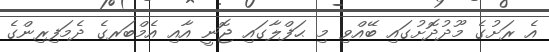
އެ ރަށުގެ މޫދުދޮށުގައި ބޭއްވި މި ޙަފްލާގައި ޖޮނީ އާއި އެމްބަރގެ ދެމަފިރިންގެ